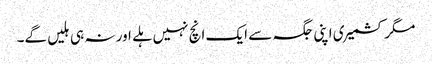
مگر کشمیری اپنی جگہ سے ایک انچ نہیں ہلے اور نہ ہی ہلیں گے۔